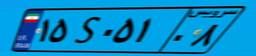
۱۵S۰۵۱۰۸